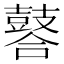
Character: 䶀